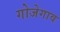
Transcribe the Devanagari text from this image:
गोजेगाव